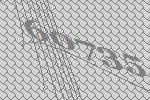
60735